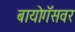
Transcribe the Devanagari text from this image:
बायोगॅसवर